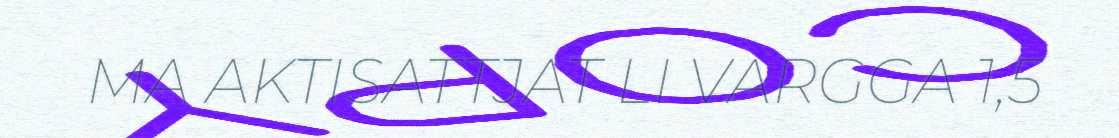
MA AKTISATTJAT LI VARGGA 1,5